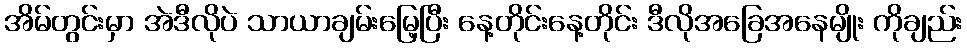
အိမ်တွင်းမှာ အဲဒီလိုပဲ သာယာချမ်းမြေ့ပြီး နေ့တိုင်းနေ့တိုင်း ဒီလိုအခြေအနေမျိုး ကိုချည်း